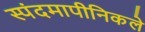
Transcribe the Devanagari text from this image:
स्पंदमापीनिकले